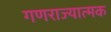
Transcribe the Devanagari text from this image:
गणराज्‍यात्‍मक